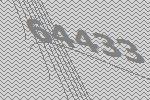
64433